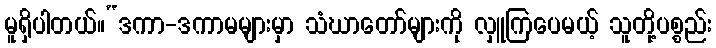
မူရှိပါတယ်။“ဒကာ-ဒကာမများမှာ သံဃာတော်များကို လှူကြပေမယ့် သူတို့ပစ္စည်း